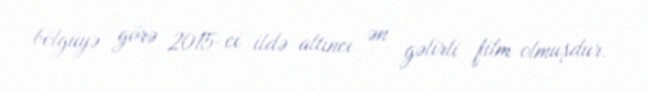
bölgüyə görə 2015-ci ildə altıncı ən gəlirli film olmuşdur.